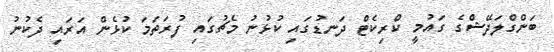
ބަންގްލަދޭޝްގެ ގައުމީ ކްރިކެޓް ދަނޑުގައި ކުޅުނު މެޗުގައި ފުރަތަމަ ކުޅެން އަރައި ދެކުނު